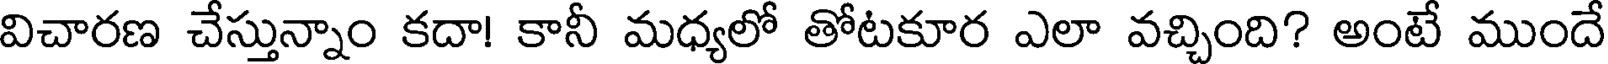
విచారణ చేస్తున్నాం కదా! కానీ మధ్యలో తోటకూర ఎలా వచ్చింది? అంటే ముందే